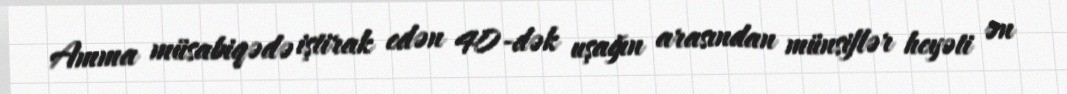
Amma müsabiqədə iştirak edən 40-dək uşağın arasından münsiflər heyəti ən